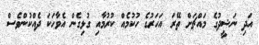
އަދި ނަޝީދުގެ މައްޗަށް ތޭރަ އަހަރުގެ ހުކުމެއް ކުރުމާއި ގުޅިގެން އެވާހަކަ ދެއްކުންވެސް